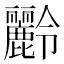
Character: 𪋭